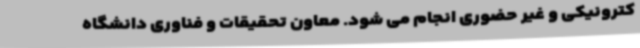
کترونیکی و غیر حضوری انجام می شود. معاون تحقیقات و فناوری دانشگاه